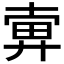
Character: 𢍚